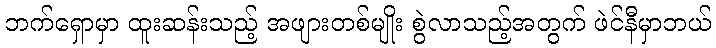
ဘက်ရှောမှာ ထူးဆန်းသည့် အဖျားတစ်မျိုး စွဲလာသည့်အတွက် ဖဲင်နီမှာဘယ်